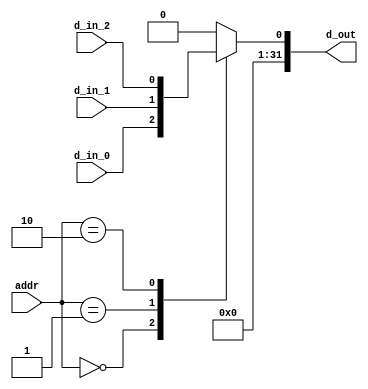
`timescale 1ns/1ps

module by_mux #(parameter WIDTH = 1)(d_in_0, d_in_1, d_in_2, d_out, addr);

input [WIDTH-1:0] d_in_0;
input [WIDTH-1:0] d_in_1;
input [WIDTH-1:0] d_in_2;
input [1:0] addr;

output reg [31:0] d_out;

always @* begin
	casez(addr)
		0: d_out <= d_in_0;
		1: d_out <= d_in_1;
		2: d_out <= d_in_2;
		default d_out <= 0;
	endcase
end



endmodule